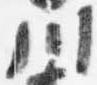
川